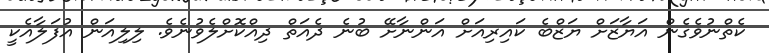
ކެތްނުވެގެން އަޔާޒަށް ޔަޒްބެ ކައިރިއަށް އަންނާށޭ ބުނެ ދެއަތް ދިއްކޮށްލެވުނެވެ. ލިލިއަން އުފަލާއެކީ